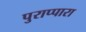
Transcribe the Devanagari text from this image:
पुराप्पारा